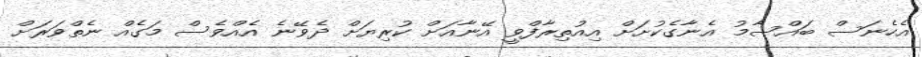
އެހެނަސް ބައްސާމު އެނާގެކުށަށް އިއުތިރާފްވީ އޭނާއަށް ކުރިޔަށް ދެވޭނެ އެއްވެސް މަގެއް ނެތްވަރަށް